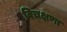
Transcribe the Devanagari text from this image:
विचक्षणा